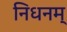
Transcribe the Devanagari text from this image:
निधनम्